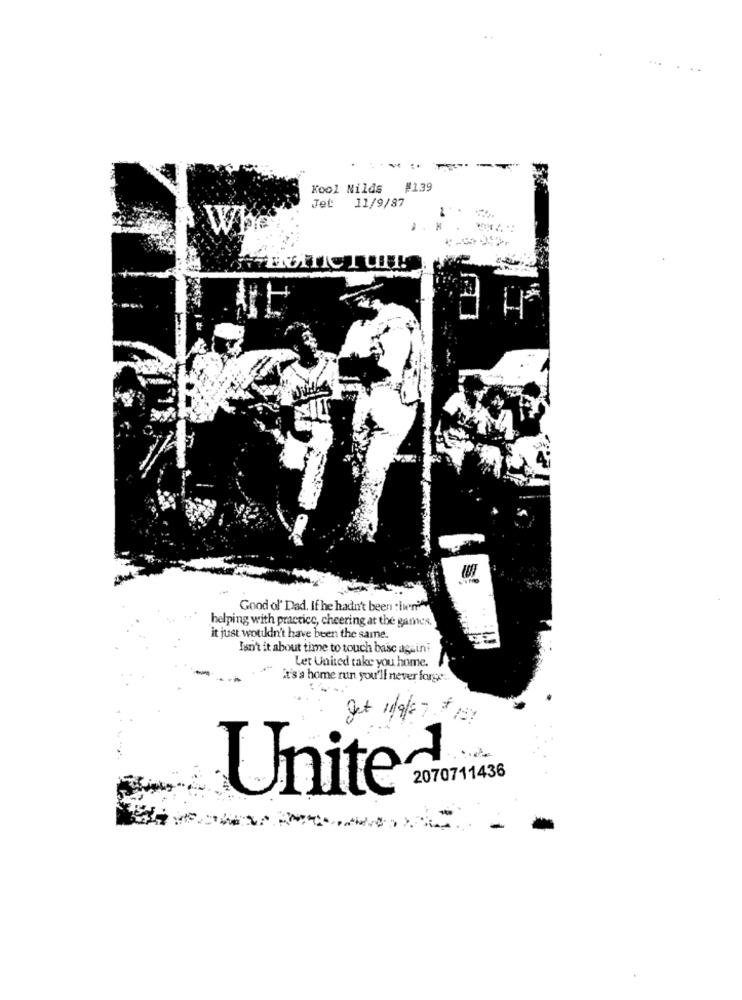
Kool Nilds
#139
Jet
11/9/87
Whe
Good ol' Dad. If he hadn't been then'
helping with practice, cheering at the games.
it just wouldn't have been the same.
Isn't it about time to touch base againi
Let United take you home.
It's a home run you'll never farge ..
get 11/9/27 $ 100
2070711436
United